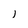
Character: I